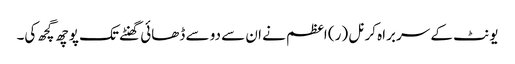
یونٹ کے سربراہ کرنل (ر) اعظم نے ان سے دو سے ڈھائی گھنٹے تک پوچھ گچھ کی۔